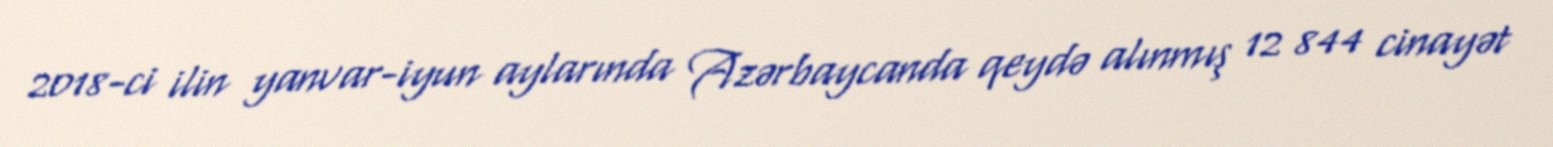
2018-ci ilin yanvar-iyun aylarında Azərbaycanda qeydə alınmış 12 844 cinayət